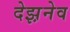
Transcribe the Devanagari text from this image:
देझ़नेव